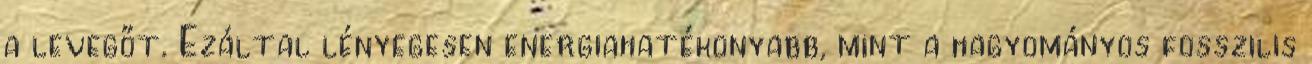
a levegőt. Ezáltal lényegesen energiahatékonyabb, mint a hagyományos fosszilis